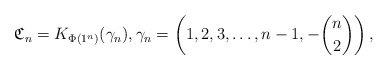
\begin{gather*} \mathfrak{C}_n = K_{\Phi(1^{n})}(\gamma_n), \gamma_n=\left(1,2,3,\ldots,n-1, -{n \choose 2}\right),\end{gather*}